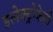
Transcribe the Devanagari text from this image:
इलेक्ट्रोकेमी